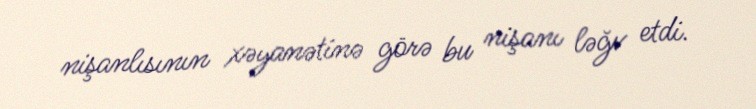
nişanlısının xəyanətinə görə bu nişanı ləğv etdi.